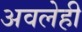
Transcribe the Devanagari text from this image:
अवलेही